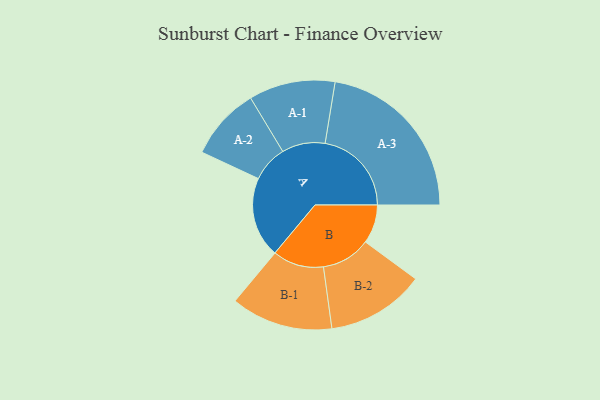
{"axis": {"x": "Segment", "y": "Value"}, "legend": ["", "A", "B"], "data": [{"x": "A", "y": 257, "type": ""}, {"x": "B", "y": 124, "type": ""}, {"x": "A-1", "y": 138, "type": "A"}, {"x": "A-2", "y": 116, "type": "A"}, {"x": "A-3", "y": 276, "type": "A"}, {"x": "B-1", "y": 163, "type": "B"}, {"x": "B-2", "y": 157, "type": "B"}]}